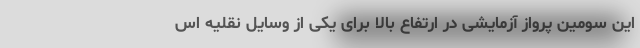
این سومین پرواز آزمایشی در ارتفاع بالا برای یکی از وسایل نقلیه اس